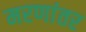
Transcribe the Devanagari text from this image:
मरणांतर